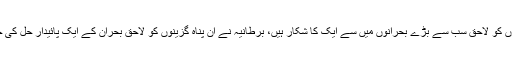
اس مایوس کن صورتحال میں جب وہ آج دنیا میں پناہ گزینوں کو لاحق سب سے بڑے بحرانوں میں سے ایک کا شکار ہیں، برطانیہ نے ان پناہ گزینوں کو لاحق بحران کے ایک پائیدار حل کی جانب گامزن بین الاقوامی برادری کی قیادت سنبھال لی ہے۔